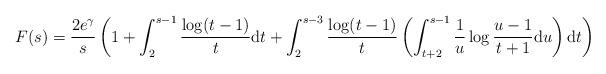
LaTeX: \begin{align*} F(s)&=\frac{2e^{\gamma}}{s}\left(1+\int_2^{s-1}\frac{\log(t-1)}{t}\mathrm{d}t+\int_2^{s-3}\frac{\log(t-1)}{t}\left(\int_{t+2}^{s-1}\frac{1}{u}\log\frac{u-1}{t+1}\mathrm{d}u\right)\mathrm{d}t\right)\end{align*}